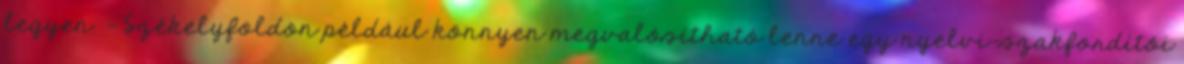
legyen. – Székelyföldön például könnyen megvalósítható lenne egy nyelvi-szakfordítói